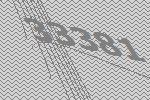
33381